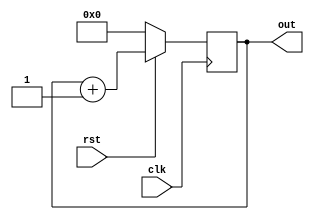
module fourbitup(clk,rst,out);
input clk,rst;
output reg [3:0] out;

always@(posedge clk)
begin

if(rst==0)
out<=0;

else
out<=out+1;

end
endmodule